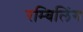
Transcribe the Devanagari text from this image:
रम्बिलिंग